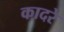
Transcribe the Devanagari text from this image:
कादरे